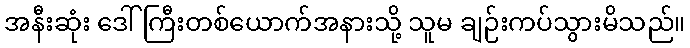
အနီးဆုံး ဒေါ်ကြီးတစ်ယောက်အနားသို့ သူမ ချဉ်းကပ်သွားမိသည်။